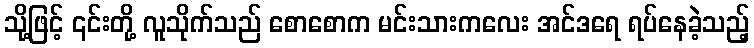
သို့ဖြင့် ၎င်းတို့ လူသိုက်သည် စောစောက မင်းသားကလေး အင်ဒရေ ရပ်နေခဲ့သည့်